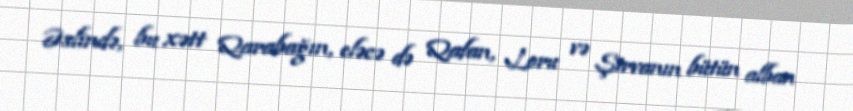
Əslində, bu xətt Qarabağın, eləcə də Qafan, Loru və Şirvanın bütün alban